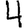
Digit: 4